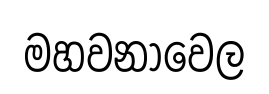
මහවනාවෙල